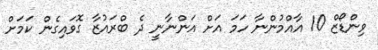
ވިންޑޯޒް 10 އާއްމުންނާ ހަމަ އަށް އަންނާނީ ދެ ބްރައުޒާ ގޮވައިގެން ކަމަށް